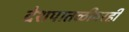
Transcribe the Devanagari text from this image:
देशपातळीवरही